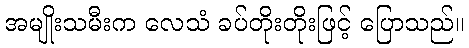
အမျိုးသမီးက လေသံ ခပ်တိုးတိုးဖြင့် ပြောသည်။